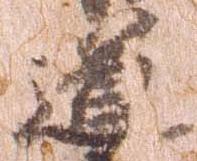
道